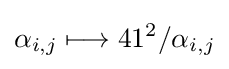
\alpha _{i,j}\longmapsto 41^{2}/\alpha _{i,j}